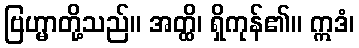
ဗြဟ္မာတို့သည်။ အတ္ထိ၊ ရှိကုန်၏။ ဣဒံ၊